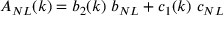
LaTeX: A _ { N L } ( k ) = b _ { 2 } ( k ) ~ b _ { N L } + c _ { 1 } ( k ) ~ c _ { N L }